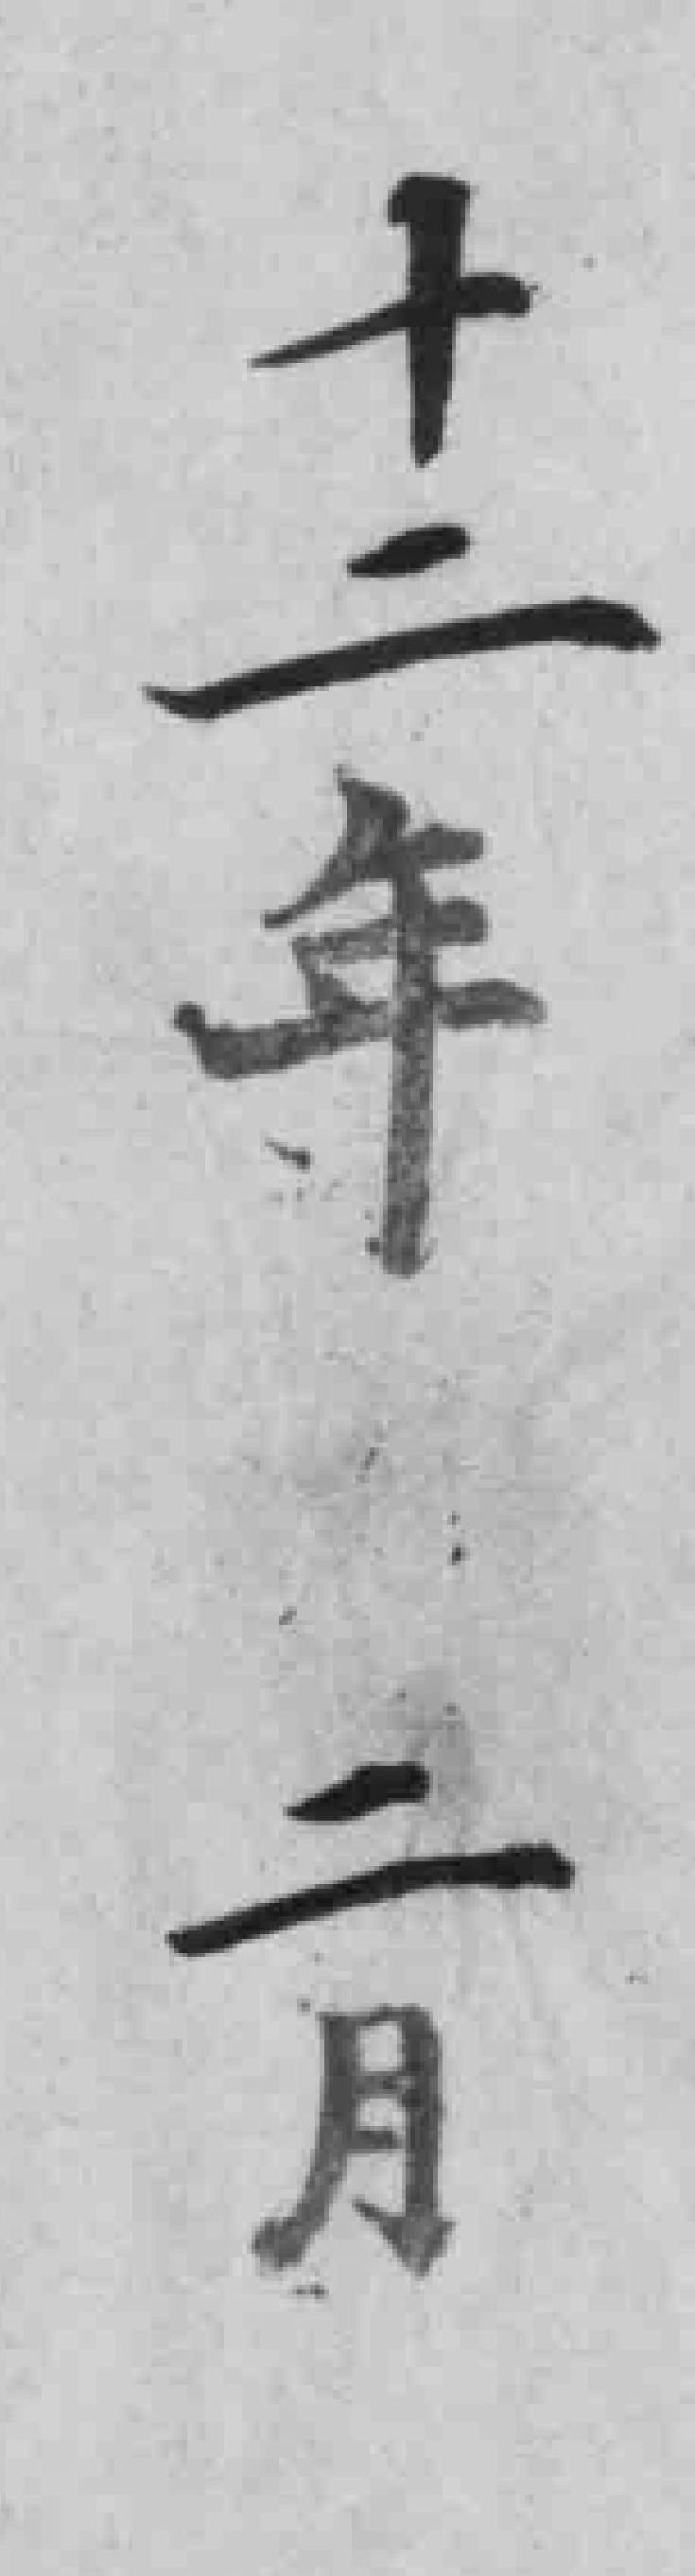
十二年二月